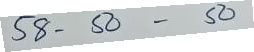
58 = 50 - 50